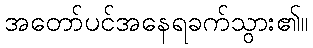
အတော်ပင်အနေရခက်သွား၏။